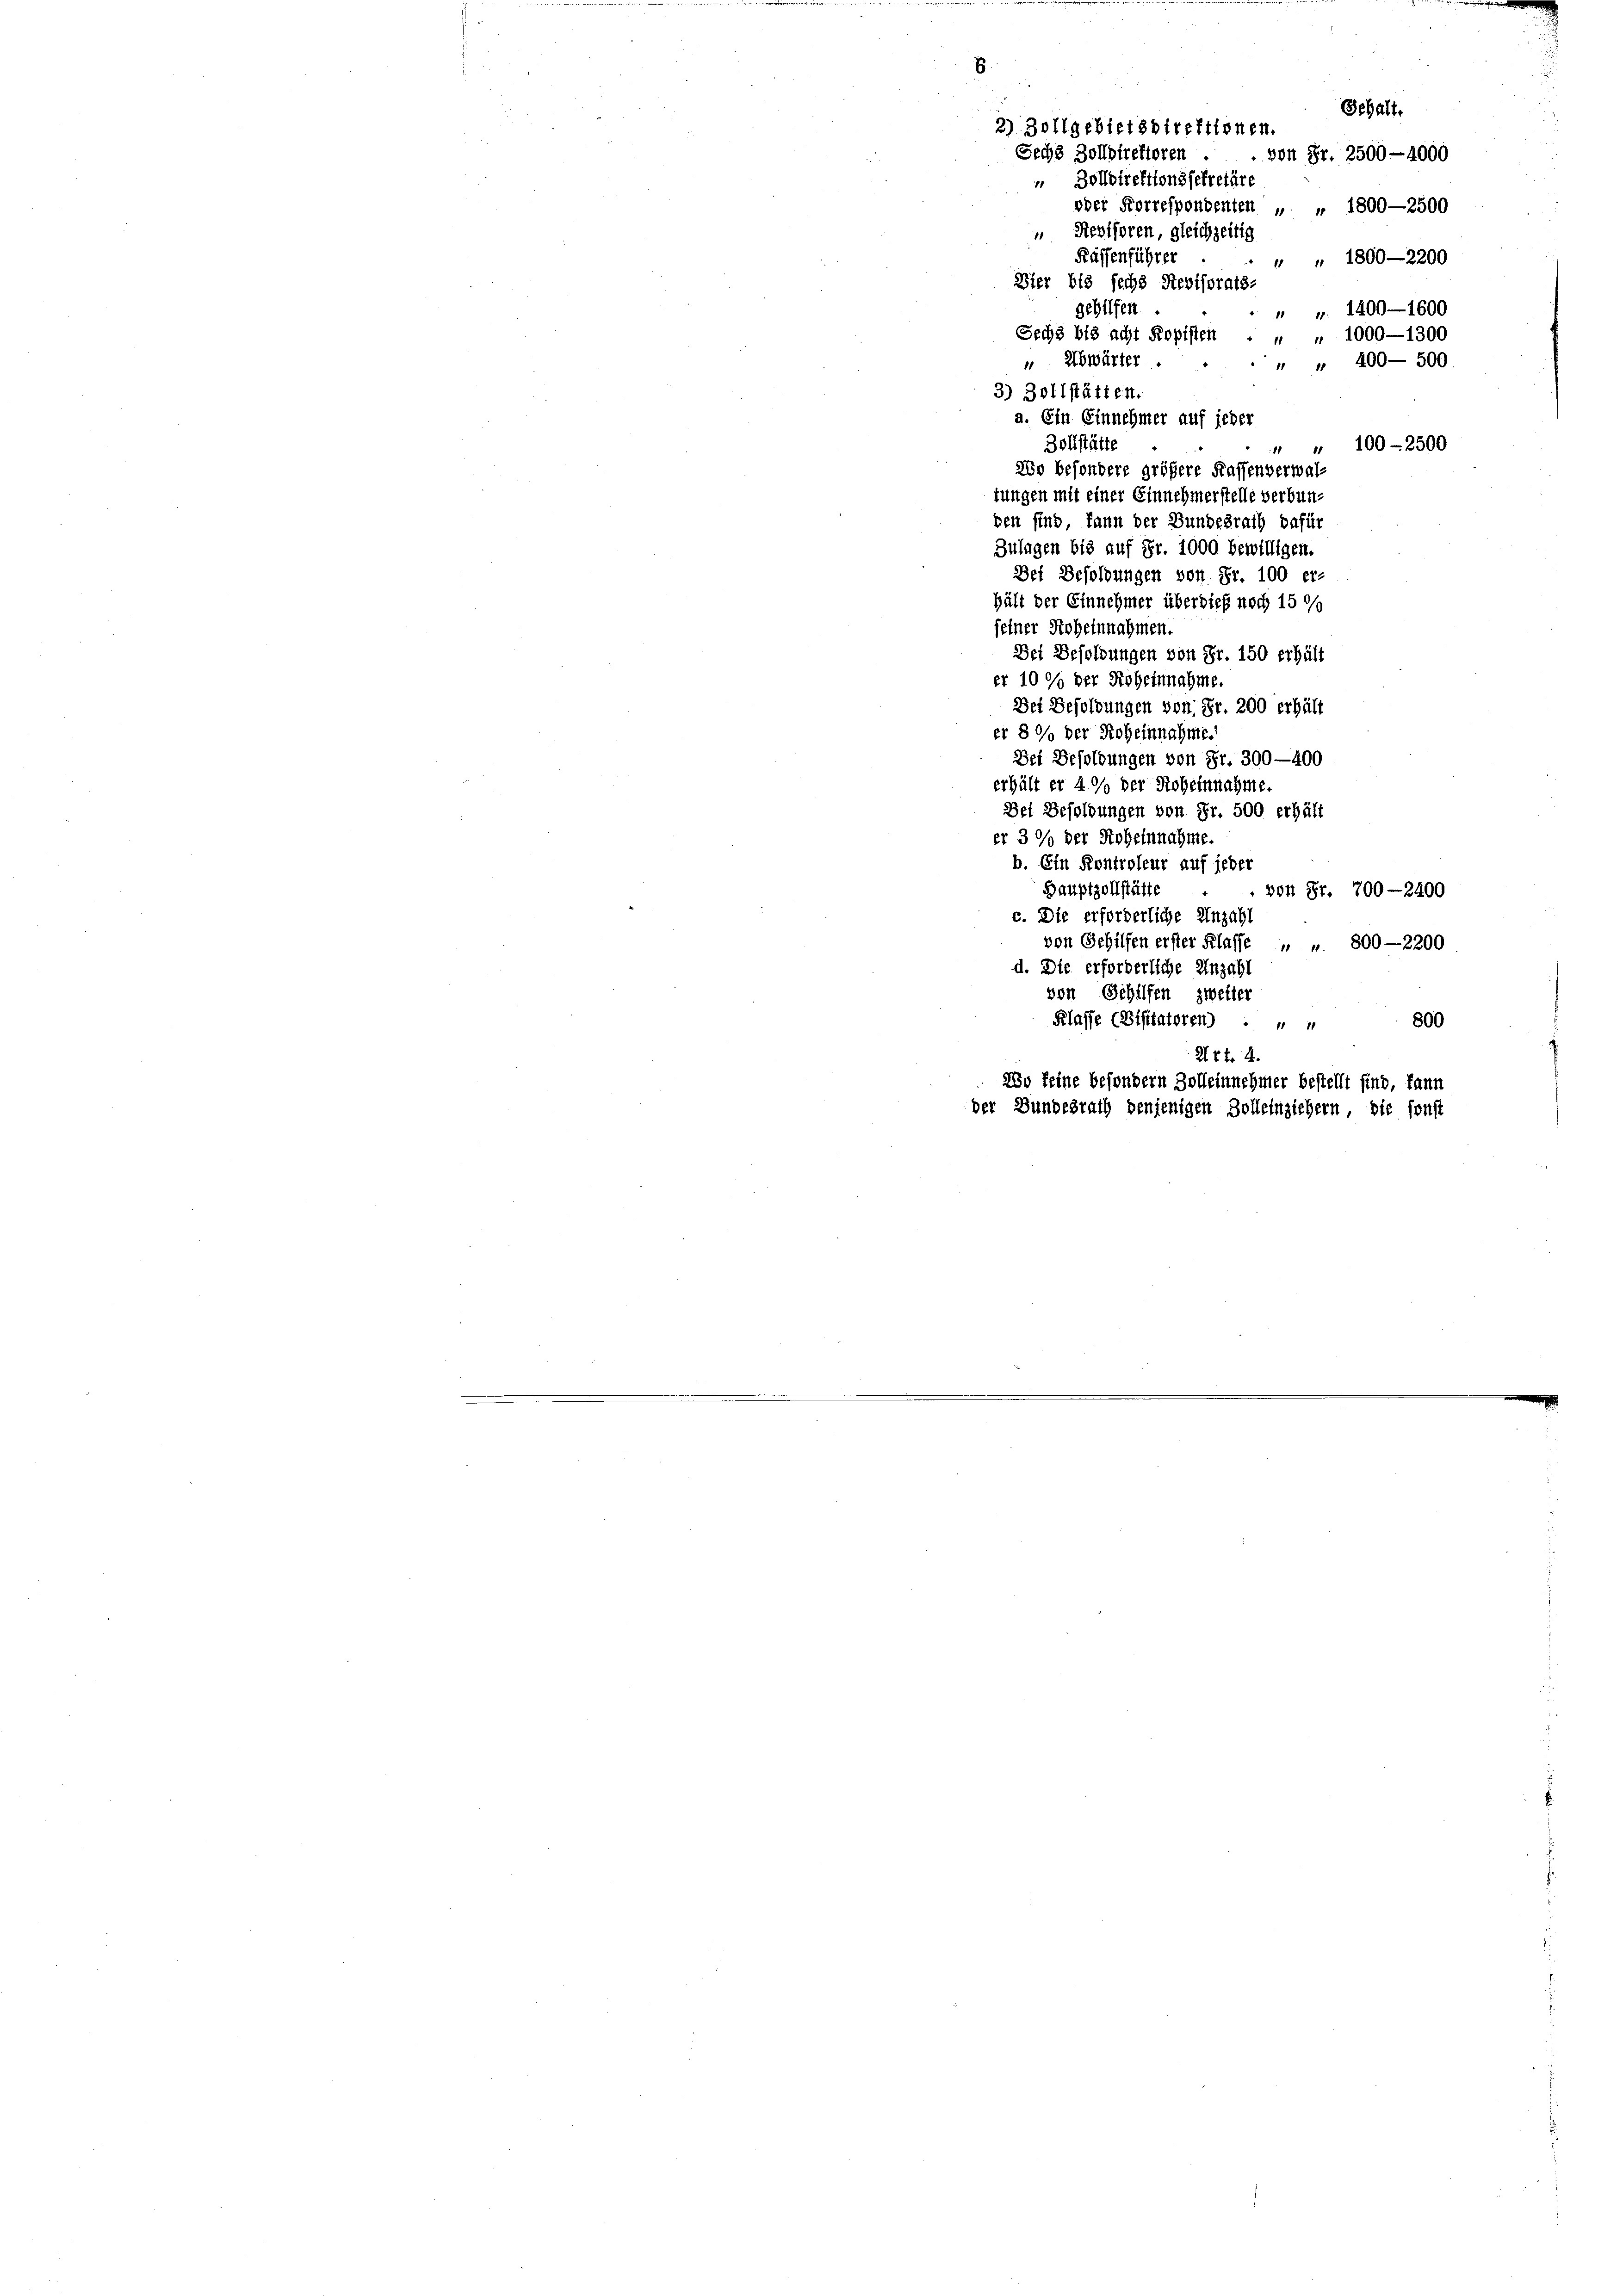
8
Gehalt.
2) Zollgebietsdirektionen.
Sechs Zolldirektoren
von Fr. 2500 - 4000
 Zolldirektionssekretäre
oder Korrespondenten „ „ 1800—2500

Revisoren, gleichzeitig
Kaffenführer
" " 1800—2200
Dier bis sechs Revisorats-
gehilfen
“ v. 1400—1600
Sechs bis acht Kopisten . " " 1000—1300
" Abwärter . . . " " 400-500.
3) Zollstätten.
a. Ein Einnehmer auf jeder
3ollstätte
" " 100-2500
Wo besondere größere Kassenverwaltungen mit einer Einnehmerstelle verbunden sind, kann der Bundesrath dafür
Zulagen bis auf Fr. 1000 bewilligen.
Der Besoldungen von Fr. 100 er-
hält der Einnehmer überdieß noch 15 0/0
seiner Hoheinnahmen.
Bei Besoldungen von Fr. 150 erhält
er 10 % der Roheinnahme.
Dei Besoldungen von Fr. 200 erhält
er 8 % der Roheinnahme.
Der Besoldungen von Fr. 300—400
erhält er 40% der Roheinnahme.
Der Besoldungen von Fr. 500 erhält
er 3 % der Roheinnahme.
b. Ein Kontroleur auf jeder
Hauptzollstätte
»on Fr. 700—2400
c. Die erforderliche Anzahl
von Gehilfen erster Klasse - u. 800—2200
d. Die erforderliche Anzahl
von Gehilfen zweiter
Klasse (Bisitatoren) : " " 800
Urk. 4.
Wo keine besondern Zolleinnehmer bestellt sind, kann
der Bundesrath denjenigen Zolleinziehern, die sonst